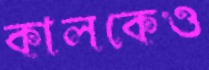
কালকেও